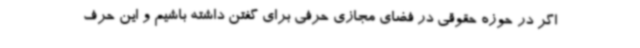
اگر در حوزه حقوقی در فضای مجازی حرفی برای گفتن داشته باشیم و این حرف